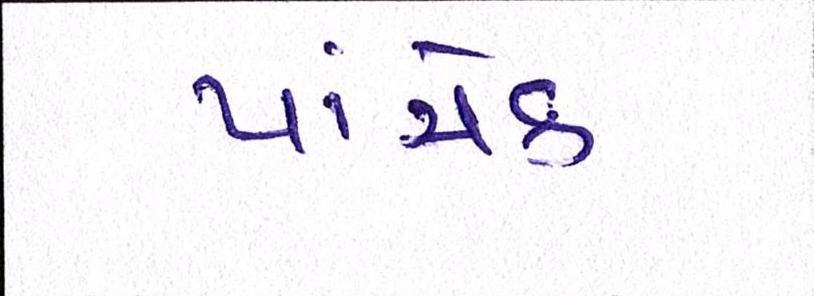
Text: પાંચેક